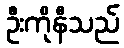
ဦးကိုနီသည်